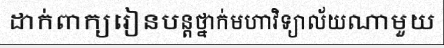
ដាក់ពាក្យរៀនបន្តថ្នាក់មហាវិទ្យាល័យណាមួយ